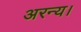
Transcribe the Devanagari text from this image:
अरन्य।